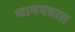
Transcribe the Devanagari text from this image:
मानपत्रात